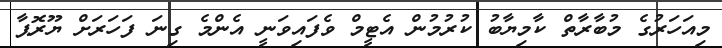
މިއަހަރުގެ މުބާރާތް ކާމިޔާބު ކުރުމުން އެޓީމް ވެފައިވަނީ އެންމެ ގިނަ ފަހަރަށް ޔޫރޮޕާ